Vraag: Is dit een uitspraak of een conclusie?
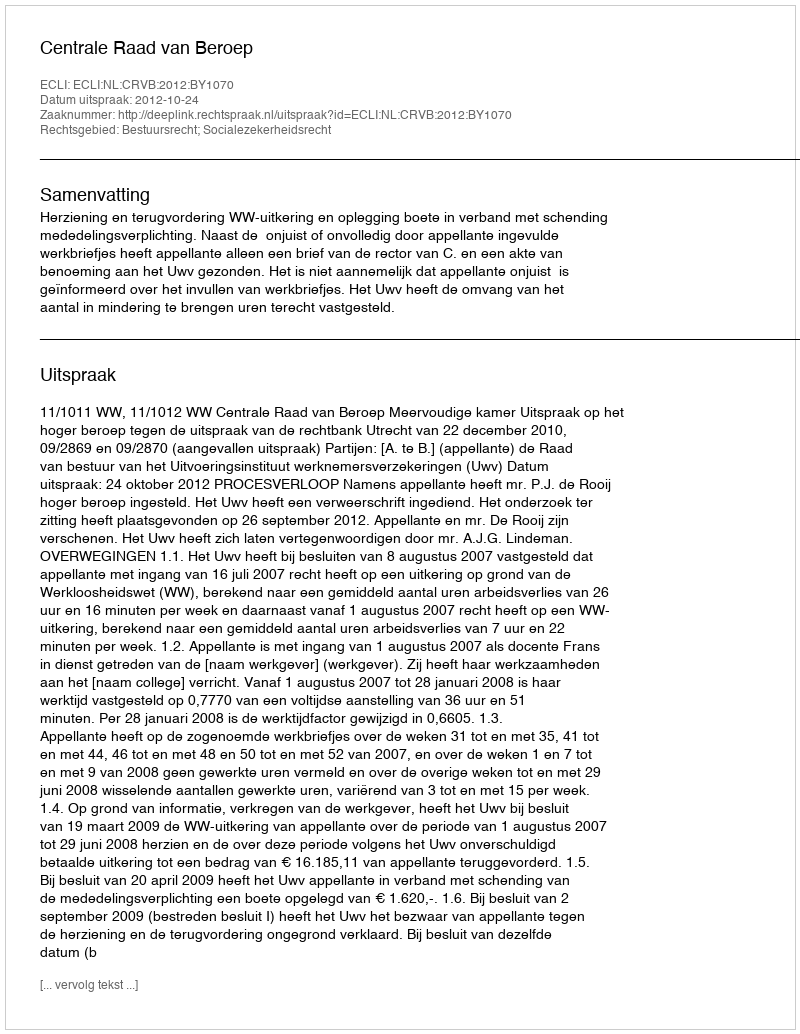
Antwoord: Uitspraak